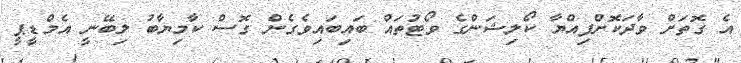
އެ ގޮތަށް ވާދަކޮށްފިއްޔާ ކޯލިޝަންގެ ވޯޓުތައް ބަައިބައިވެގެން ގޮސް ކާމިޔާބު ލިބޭނީ އެމްޑީޕީ